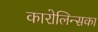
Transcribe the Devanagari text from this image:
कारोलिन्सका